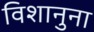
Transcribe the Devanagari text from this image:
विशानुना